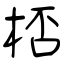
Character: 桮